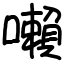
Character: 𡃤